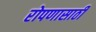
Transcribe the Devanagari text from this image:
रोपणासाठी